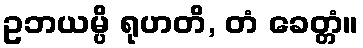
ဥဘယမ္ပိ ရုဟတိ, တံ ခေတ္တံ။